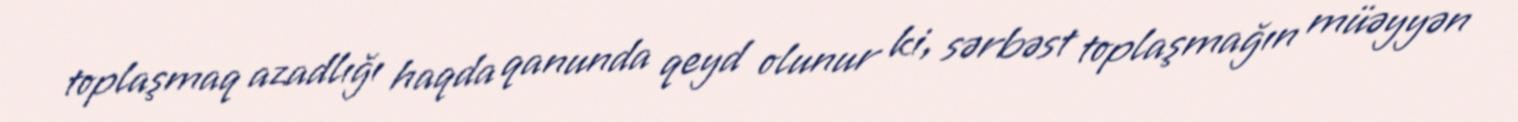
toplaşmaq azadlığı haqda qanunda qeyd olunur ki, sərbəst toplaşmağın müəyyən